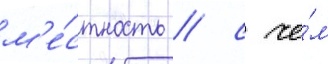
м'е́стность / с че́м